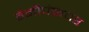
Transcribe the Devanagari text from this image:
वेनीपंकचर